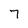
Character: 7